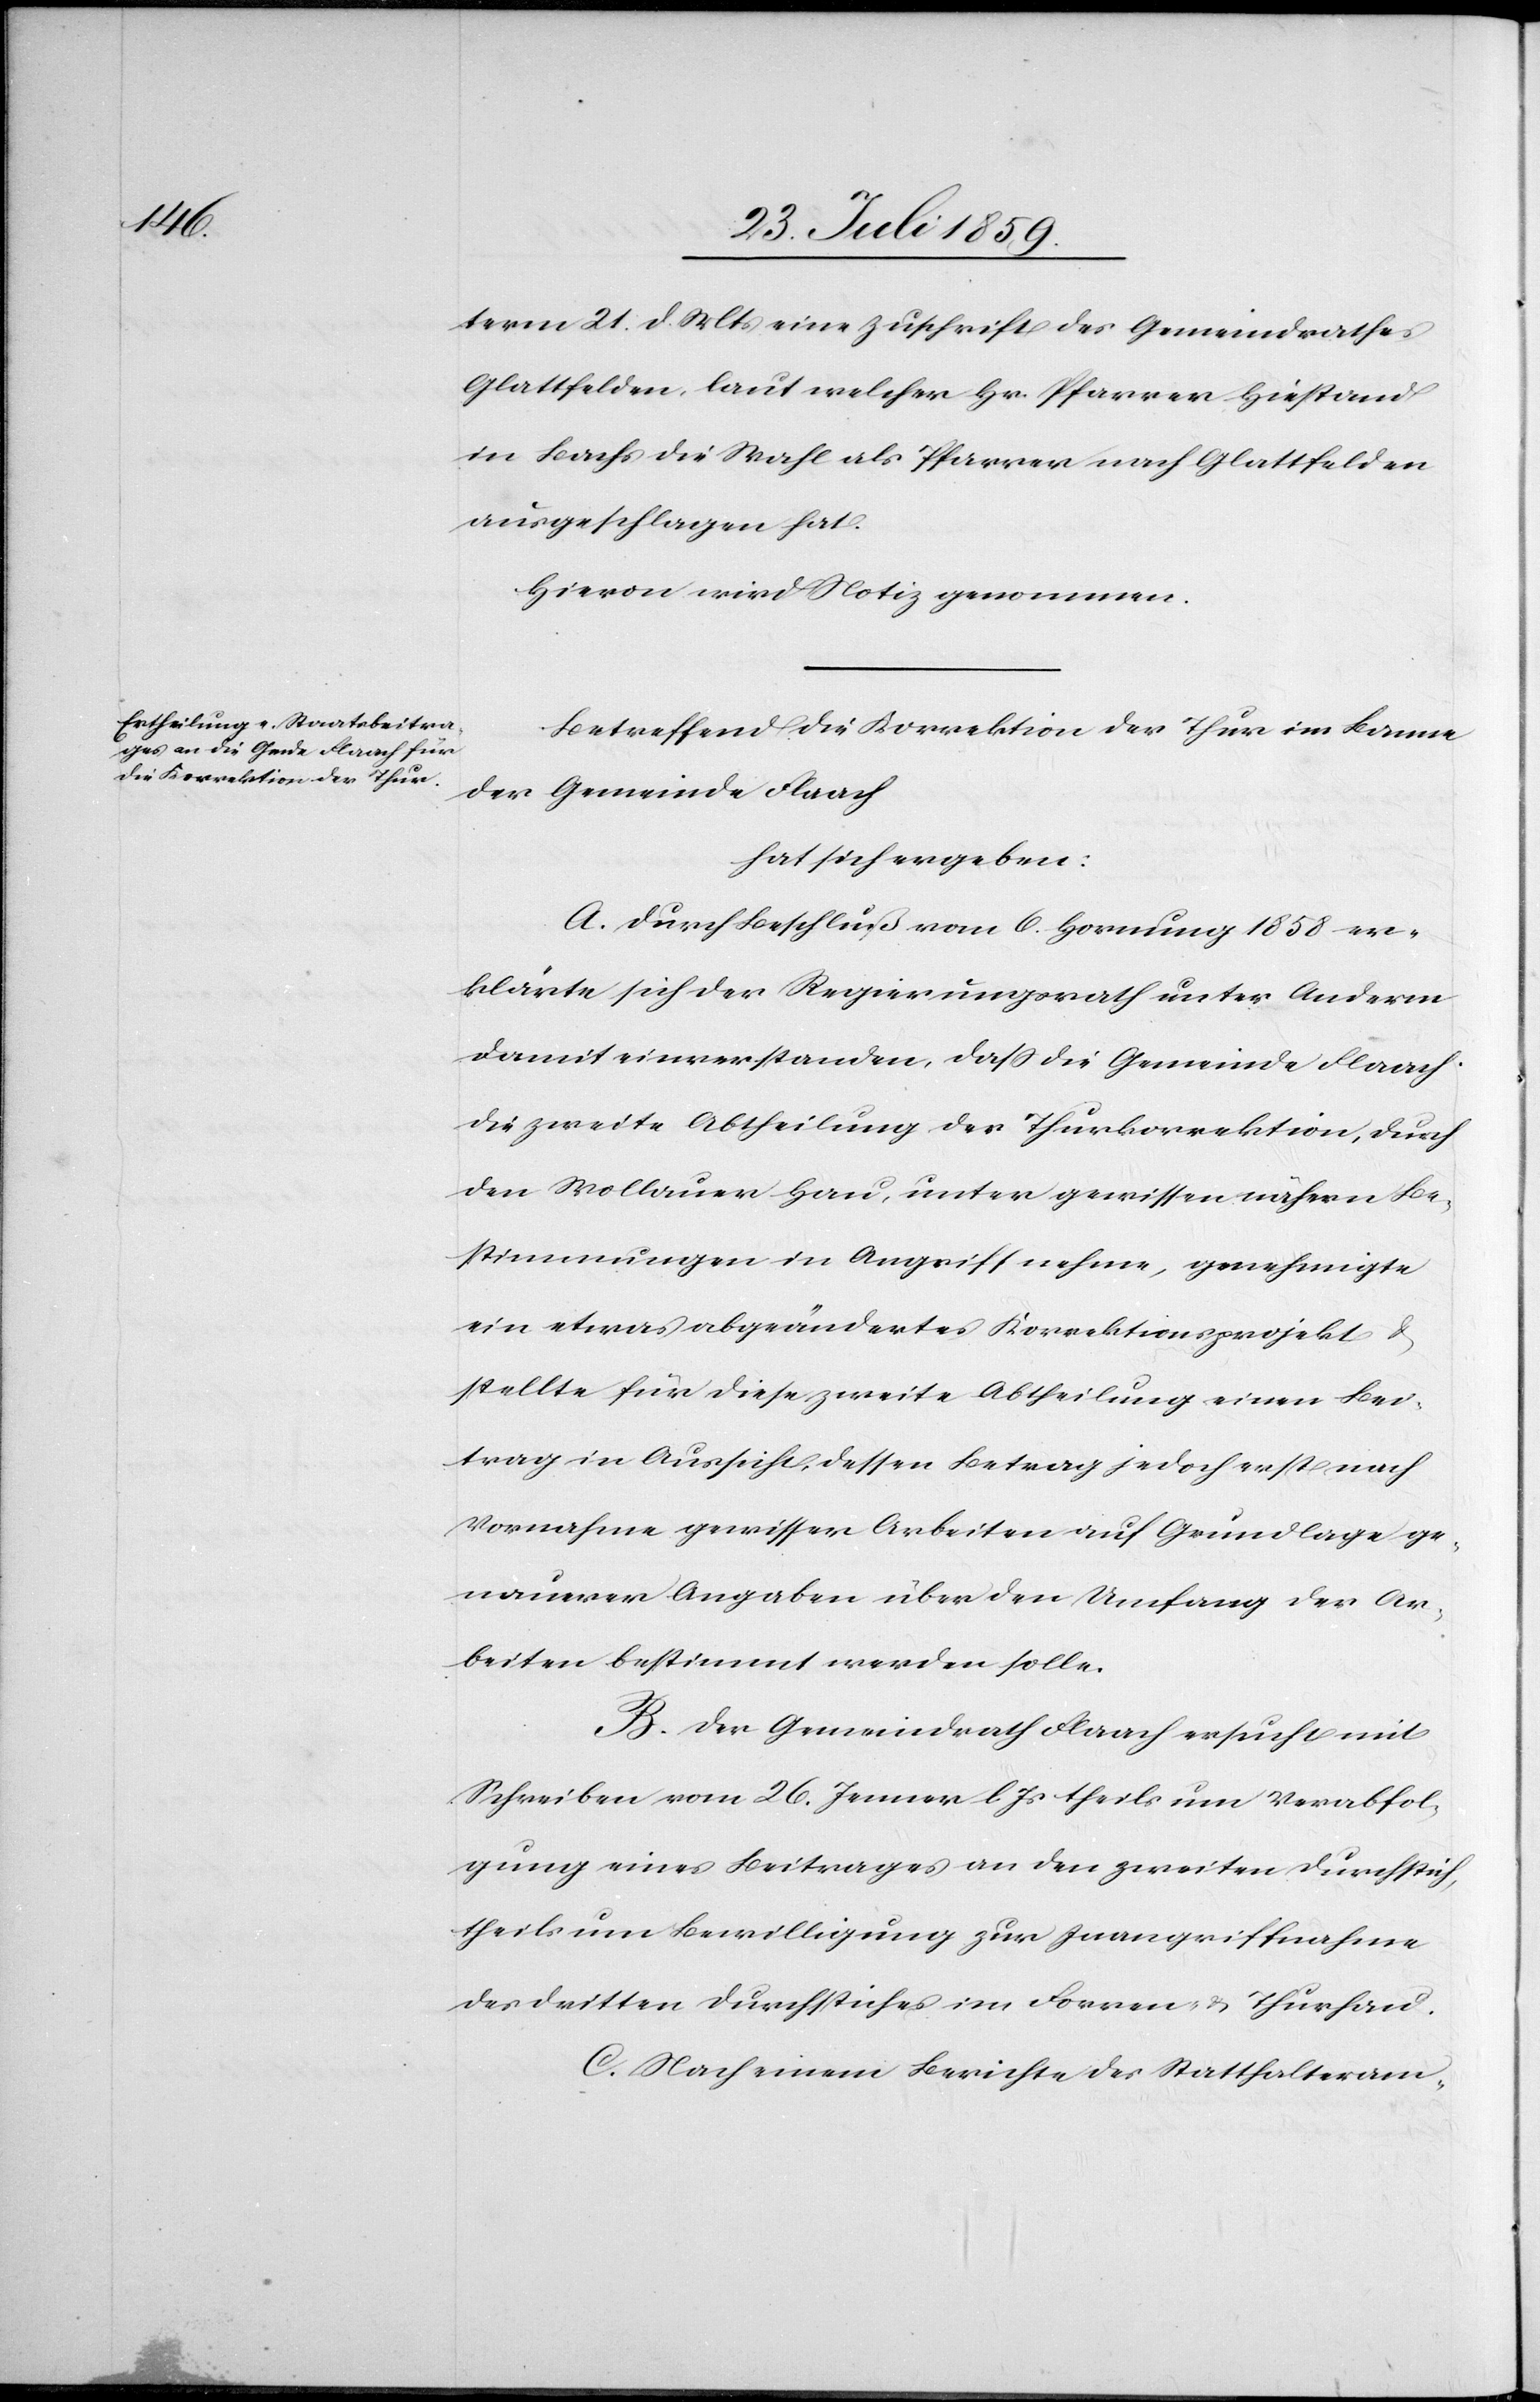
term 21. d. Mts. eine Zuschrift des Gemeindrathes
Glattfelden, laut welcher Hr. Pfarrer Hiestand
in Bachs die Wahl als Pfarrer nach Glattfelden
ausgeschlagen hat.
Hievon wird Notiz genommen.
Betreffend die Korrektion der Thur im Banne
der Gemeinde Flaach
hat sich ergeben:
A. Durch Beschluß vom 6. Hornung 1858 er¬
klärte sich der Regierungsrath unter Anderem
damit einverstanden, daß die Gemeinde Flaach
die zweite Abtheilung der Thurkorrektion, durch
den Wollauer Hau, unter gewissen nähern Be¬
stimmungen in Angriff nehme, genehmigte
ein etwas abgeändertes Korrektionsprojekt u.
stellte für diese zweite Abtheilung einen Bei¬
trag in Aussicht, dessen Betrag jedoch resp. nach
Vornahme gewisser Arbeiten auf Grundlage ge¬
nauerer Angaben über den Umfang der Ar¬
beiten bestimmt werden solle.
B. Der Gemeindrath Flaach ersucht mit
Schreiben vom 26. Jenner l. Js. theils um Verabfol¬
gung eines Beitrages an den zweiten Durchstich,
theils um Bewilligung zur Inangriffnahme
des dritten Durchstiches im Forren u. Thurhau.
C. Nach einem Berichte des Statthalteram-